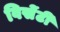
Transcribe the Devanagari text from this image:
विसेंटी